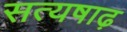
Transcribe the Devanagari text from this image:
सत्यषाढ़